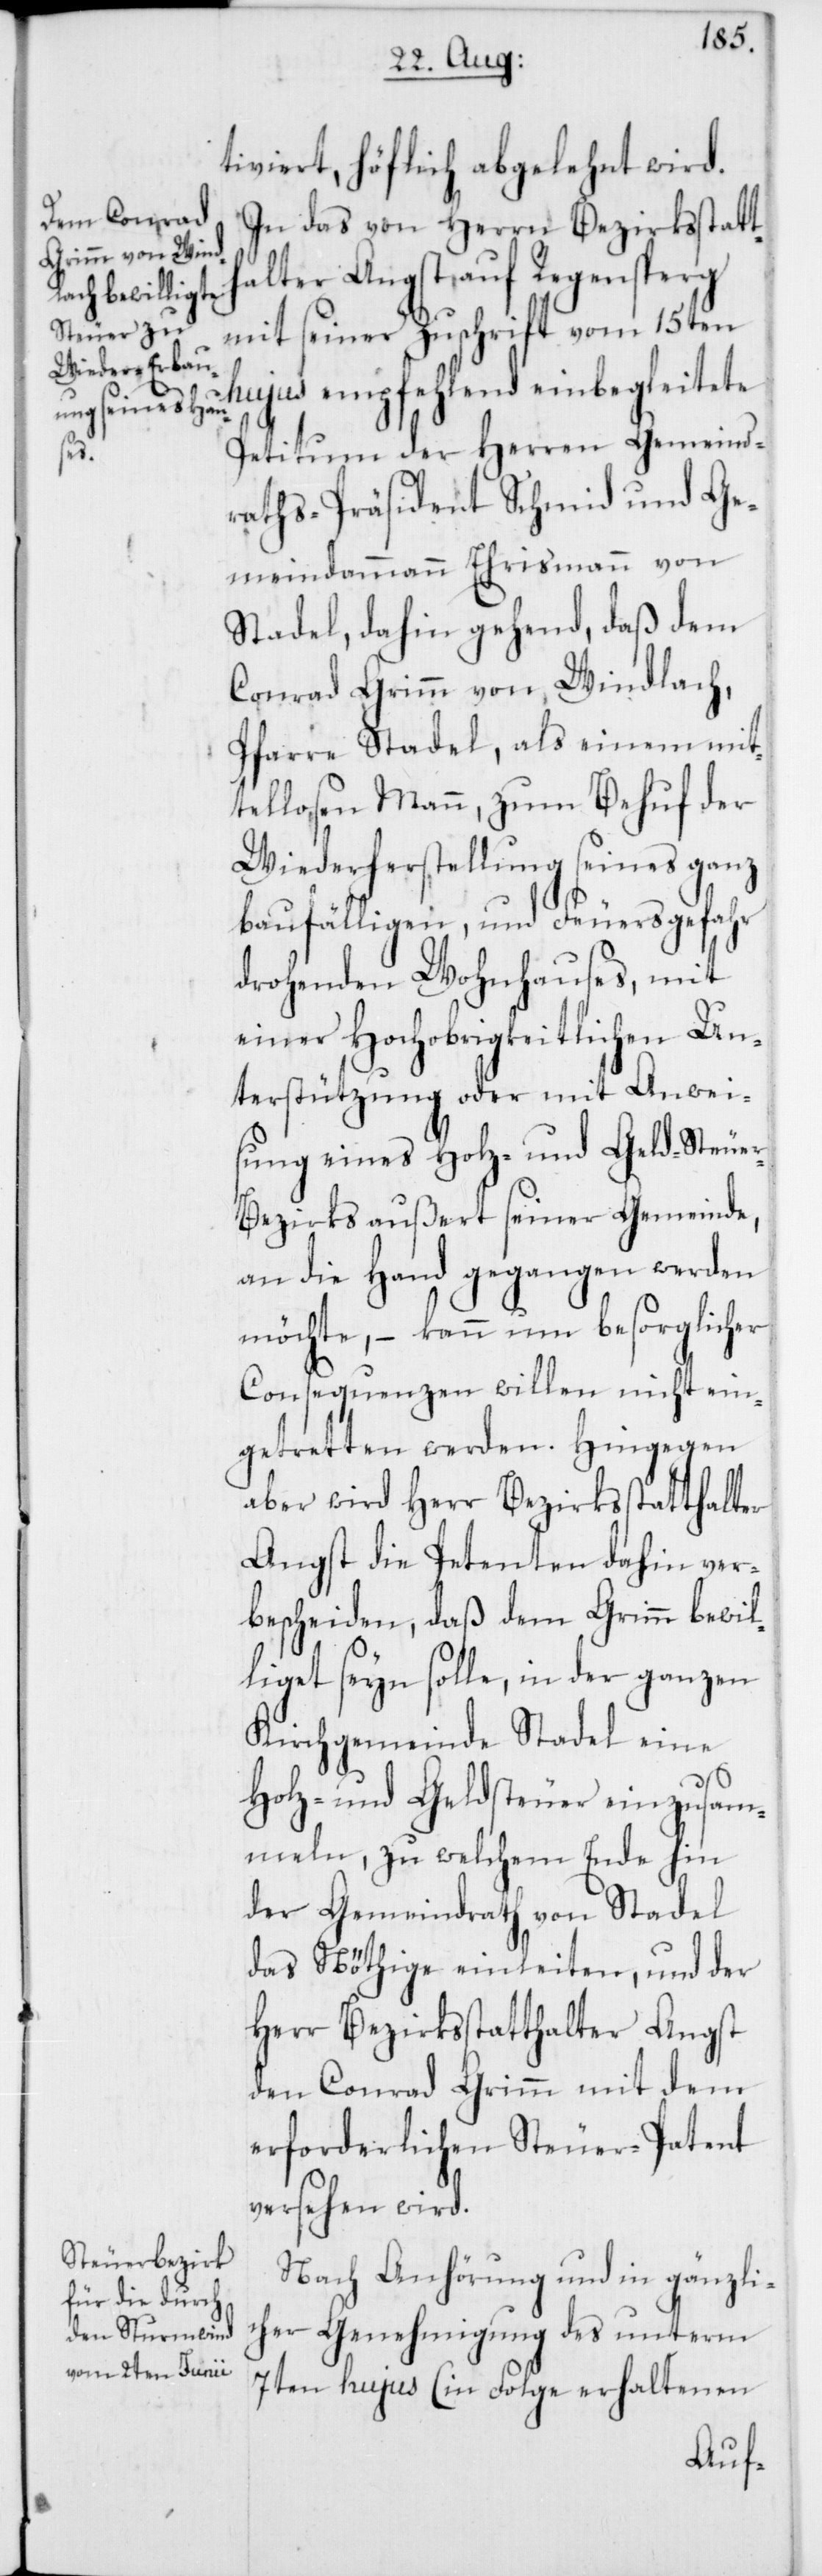
tiviert, höflich abgelehnt wird.
In das von Herrn Bezirksstatt¬
halter Angst auf Regensperg
mit seiner Zuschrift vom 15ten
hujus empfehlend einbegleitete
Petitum der Herren Gemeind¬
raths-Präsident Schmid und Ge¬
meindammann Ehrismann von
Stadel, dahin gehend, daß dem
Conrad Grimm von Windlach,
Pfarre Stadel, als einem mit¬
tellosen Mann, zum Behuf der
Wiederherstellung seines ganz
baufälligen, und Feuersgefahr
drohenden Wohnhauses, mit
einer Hochobrigkeitlichen Un¬
terstützung oder mit Anwei¬
sung eines Holz- und Geld-Steue¬
r-Bezirks außert seiner Gemeinde,
an die Hand gegangen werden
möchte, – kann um besorglicher
Consequenzen willen nicht ein¬
getretten werden. Hingegen
aber wird Herr Bezirksstatthalter
Angst die Petenten dahin ver¬
bescheiden, daß dem Grimm bewil¬
liget seyn solle, in der ganzen
Kirchgemeinde Stadel eine
Holz- und Geldsteuer einzusam¬
meln, zu welchem Ende hin
der Gemeindrath von Stadel
das Nöthige einleiten, und der
Herr Bezirksstatthalter Angst
den Conrad Grimm mit dem
erforderlichen Steuerpatent
versehen wird.
Nach Anhörung und in gänzli¬
cher Genehmigung des unterm
7ten hujus (in Folge erhaltenen